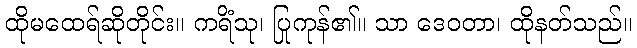
ထိုမထေရ်ဆိုတိုင်း။ ကရိံသု၊ ပြုကုန်၏။ သာ ဒေဝတာ၊ ထိုနတ်သည်။